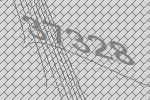
37328